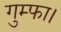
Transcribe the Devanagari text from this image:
गुम्फा।